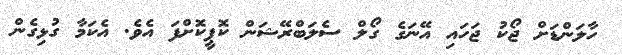
ހާލަންޑަށް ޖޯކު ޖަހައި އޭނަގެ ގޯލް ސެލަބްރޭޝަން ކޮޕީކޮށްފަ އެވެ. އެކަމާ ގުޅިގެން